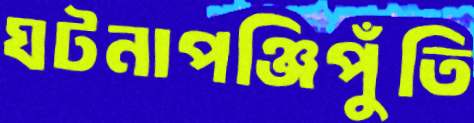
ঘটনাপঞ্জিপুঁতি